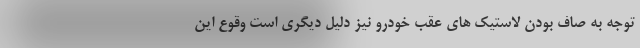
توجه به صاف بودن لاستیک های عقب خودرو نیز دلیل دیگری است وقوع این